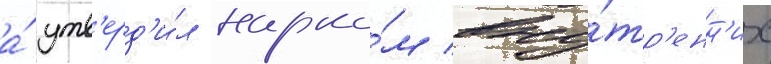
а́ утв'ерд'и́л нарко́м вну́тр'енн'их